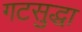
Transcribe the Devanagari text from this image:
गटसुद्धा